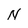
Character: N